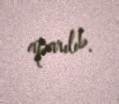
aparılıb.